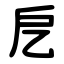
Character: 戹